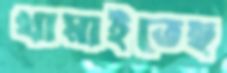
থামাইতেছ